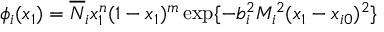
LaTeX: \phi _ { i } ( x _ { 1 } ) = \overline { { { N } } } _ { i } x _ { 1 } ^ { n } ( 1 - x _ { 1 } ) ^ { m } \exp \{ - b _ { i } ^ { 2 } M _ { i } ^ { 2 } ( x _ { 1 } - x _ { i 0 } ) ^ { 2 } \}